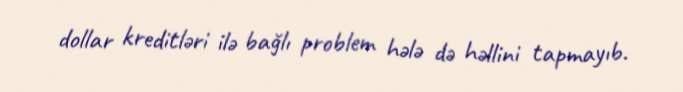
dollar kreditləri ilə bağlı problem hələ də həllini tapmayıb.